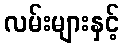
လမ်းများနှင့်